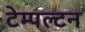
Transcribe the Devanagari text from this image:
टेम्पल्टन